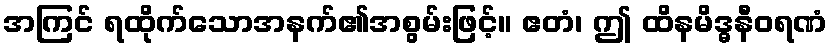
အကြင် ရထိုက်သောအနက်၏အစွမ်းဖြင့်။ ဧတံ၊ ဤ ထိနမိဒ္ဓနီဝရဏံ